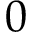
0